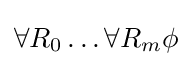
\forall R_{0}\ldots \forall R_{m}\phi